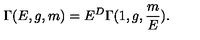
\Gamma ( E , g , m ) = E ^ { D } \Gamma ( 1 , g , \frac { m } { E } ) .